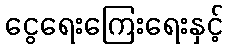
ငွေရေးကြေးရေးနှင့်